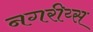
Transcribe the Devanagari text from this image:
नगरीय्स